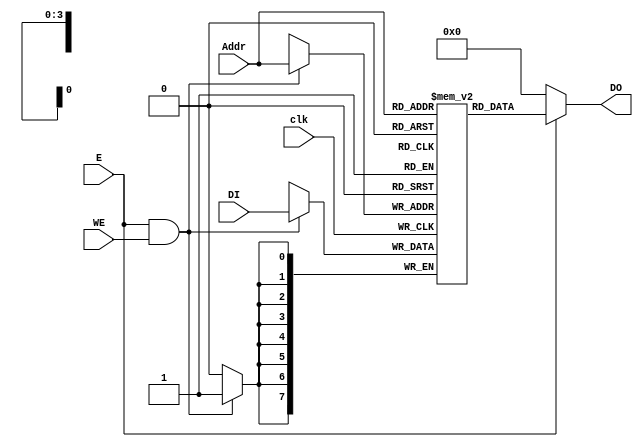
module DMem(clk, E, WE, Addr, DI, DO);
	
	input clk;  					// Clock
    input E;						// Enable Port
    input WE;						// Write Enable
    input [3:0] Addr;				// Address Port
    input [7:0] DI;					// Data In
    output [7:0] DO;				// Data Out
	reg [7:0] data_mem [15:0];

	always@(posedge clk) begin
		// Enable port = Write Enable = high => accept data as input
		if((E == 1) && (WE == 1))
			data_mem[Addr] <= DI;
	end

	// Enable port = high => make data available to output, else data out = zero
	assign DO = (E ==1)? data_mem[Addr]:0;

endmodule